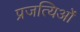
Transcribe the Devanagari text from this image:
प्रजत्यिओं